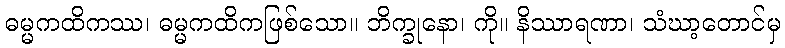
ဓမ္မကထိကဿ၊ ဓမ္မကထိကဖြစ်သော။ ဘိက္ခုနော၊ ကို။ နိဿာရဏာ၊ သံဃာ့တောင်မှ